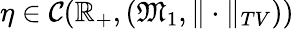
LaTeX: \eta\in\mathcal{C}(\mathbb{R}_{+},(\mathfrak{M}_{1},\| \cdot\| _{TV}))